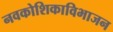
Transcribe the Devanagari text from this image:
नवकोशिकाविभाजन